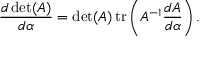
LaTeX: { \frac { d \operatorname* { d e t } ( A ) } { d \alpha } } = \operatorname* { d e t } ( A ) \operatorname { t r } \left( A ^ { - 1 } { \frac { d A } { d \alpha } } \right) .